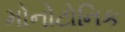
મોનોટોનિક